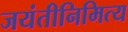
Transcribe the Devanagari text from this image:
जयंतीनिमित्य